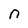
Character: n